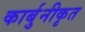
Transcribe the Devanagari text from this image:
कार्बुनीकृत